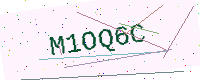
Text: M1OQ6C